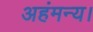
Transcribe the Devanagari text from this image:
अहंमन्य।